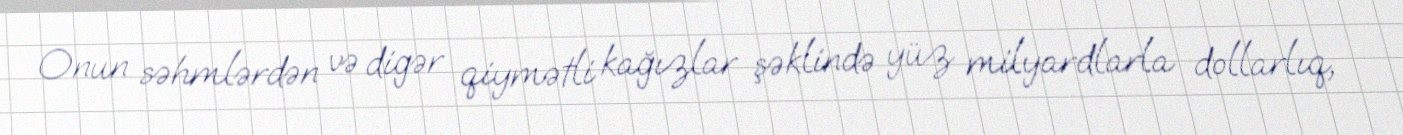
Onun səhmlərdən və digər qiymətli kağızlar şəklində yüz milyardlarla dollarlıq,